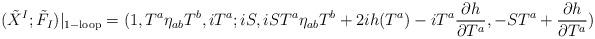
LaTeX: \begin{align*}(\tilde X^I;\tilde F_I)|_{\rm 1-loop}=(1,T^a\eta_{ab}T^b,iT^a;iS,iST^a\eta_{ab}T^b+2ih(T^a)-iT^a{\partial h\over\partial T^a},-ST^a+{\partial h\over\partial T^a})\end{align*}